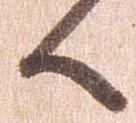
候